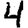
Digit: 4